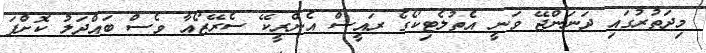
މިދަތުރުގައި ދަނަންޖޭ ވަނީ އެތުލެޓިކޯގެ ރައީސް އެންރީކޭ ސެރޭޒޯއާ ވެސް ބައްދަލު ކޮށްފަ